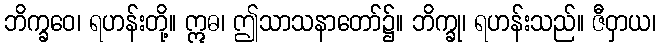
ဘိက္ခဝေ၊ ရဟန်းတို့။ ဣဓ၊ ဤသာသနာတော်၌။ ဘိက္ခု၊ ရဟန်းသည်။ ဇီဝှာယ၊